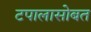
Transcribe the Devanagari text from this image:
टपालासोबत